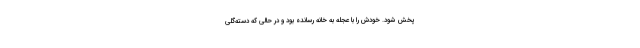
پخش شود. خودش را با عجله به خانه رسانده بود و در حالی که دسته‌گلی